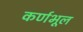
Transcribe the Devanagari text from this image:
कर्णभूल